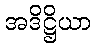
အဒိဋ္ဌိယာ